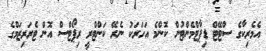
އެމެރިކާގެ ސްޓޭޓް ޑިޕާޓްމެންޓުން ކޮންމެ އަހަރަކު ނެރޭ ކަންޓްރީ ރިޕޯޓްސް އޮން ޓެރަރިޒަމްގެ